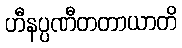
ဟီနပ္ပဏီတတာယာတိ